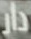
دار